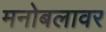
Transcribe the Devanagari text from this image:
मनोबलावर